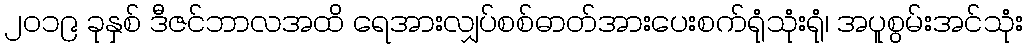
၂၀၁၉ ခုနှစ် ဒီဇင်ဘာလအထိ ရေအားလျှပ်စစ်ဓာတ်အားပေးစက်ရုံသုံးရုံ၊ အပူစွမ်းအင်သုံး